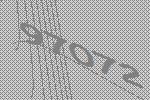
97072